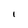
Character: I